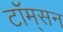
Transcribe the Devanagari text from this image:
टॉम्‌सन